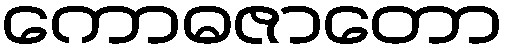
ကောဓဇာတော